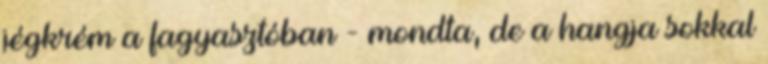
jégkrém a fagyasztóban - mondta, de a hangja sokkal